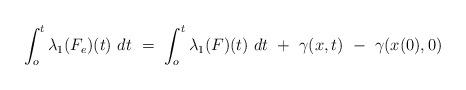
LaTeX: \begin{align*}\int_o^t \lambda_1(F_e)(t)\ dt \ = \ \int_o^t \lambda_1(F)(t)\ dt\ +\ \gamma(x,t)\ -\ \gamma(x(0),0)\end{align*}